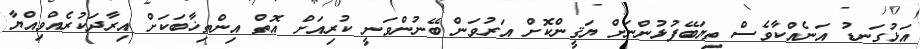
އަޅުގަނޑު އަނެއްކާވެސް ތިޔަބޭފުޅުންނަށް ޔަޤީންކޮށް އަރުވަން ބޭނުންވަނީ ކުރިއަށް އޮތް އިންތިޚާބަކަށް އިރާދަކުރެއްވިއްޔާ